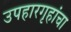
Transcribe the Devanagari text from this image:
उपहारगृहांचा